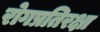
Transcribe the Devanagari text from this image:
रोगप्रतिरक्षा